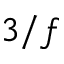
3 / f